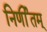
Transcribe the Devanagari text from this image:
निर्णीतम्